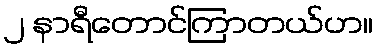
၂ နာရီတောင်ကြာတယ်ဟ။